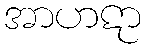
အာဟဋာ